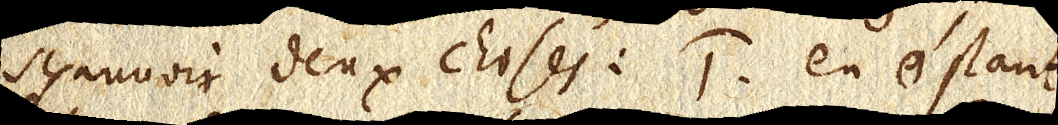
sçauuoir deux choses: 1. en ostant